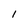
Character: 1